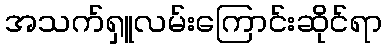
အသက်ရှူလမ်းကြောင်းဆိုင်ရာ